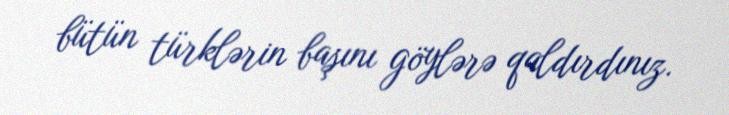
bütün türklərin başını göylərə qaldırdınız.